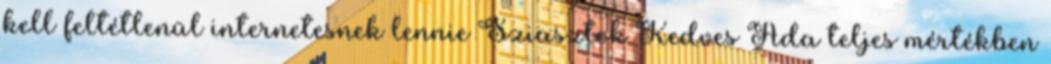
kell feltétlenül internetesnek lennie Sziasztok Kedves Ada teljes mértékben